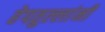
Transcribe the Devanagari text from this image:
हेपतुल्लांनी